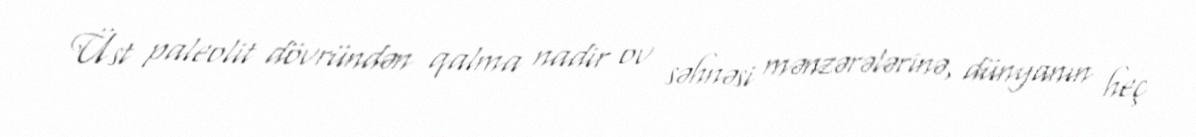
Üst paleolit dövründən qalma nadir ov səhnəsi mənzərələrinə, dünyanın heç